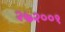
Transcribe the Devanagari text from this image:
२७२००१